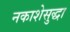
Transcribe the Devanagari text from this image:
नकाशेसुद्धा